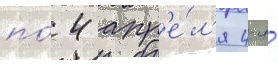
по́ 4 апр'е́л'я 4-я́